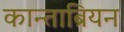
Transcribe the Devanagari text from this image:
कान्ताब्रियन